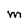
Character: M